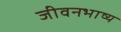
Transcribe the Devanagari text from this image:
जीवनभाष्य